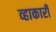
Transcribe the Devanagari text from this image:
व्हाकारी